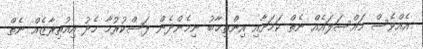
އެއްވެސް މައްސަލައެއް ނެތް ކަމަށާއި އިންތިޚާބު ނިމެންދެން ފަސްކުރުމާ މެދު އިއުތިރާޒެއް ނެތް